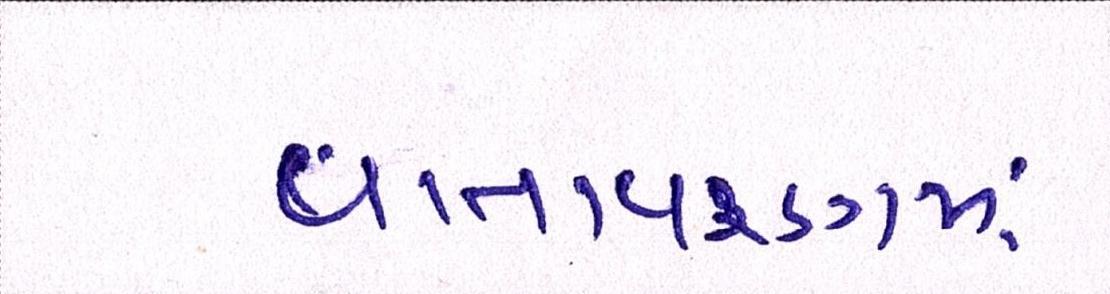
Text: વાતાવરણમાં